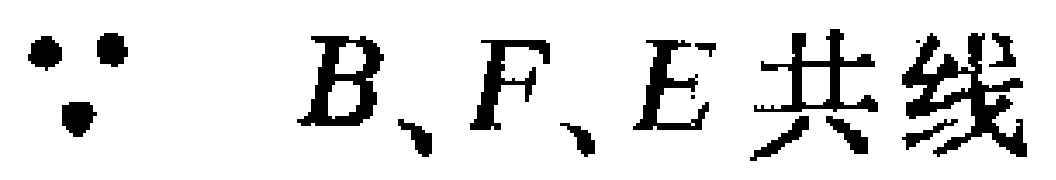
$\because B、F、E\text{共线}$